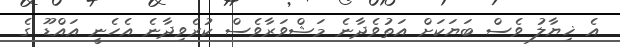
އެ ޚިޔާލު ވެސް ބަޔަކަށް އަތުވެދާނެ މަޝްވަރާވެސް ކުރެވިދާނެ އެހެނީ އައްޑޫ ގެ